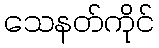
သေနတ်ကိုင်